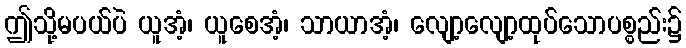
ဤသို့မပယ်ပဲ ယူအံ့၊ ယူစေအံ့၊ သာယာအံ့၊ လျော့လျော့ထုပ်သောပစ္စည်း၌